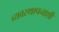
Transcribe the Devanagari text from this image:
व्यवस्थापनाशी